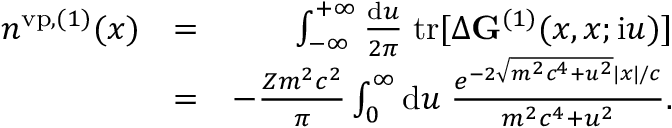
\begin{array} { r l r } { n ^ { \mathrm { v p } , ( 1 ) } ( x ) } & { = } & { \int _ { - \infty } ^ { + \infty } \frac { \ensuremath { \mathrm { d } } u } { 2 \pi } \; \mathrm { t r } [ \Delta \ensuremath { \mathbf { G } } ^ { ( 1 ) } ( x , x ; \ensuremath { \mathrm { i } } u ) ] } \\ & { = } & { - \frac { Z m ^ { 2 } c ^ { 2 } } { \pi } \int _ { 0 } ^ { \infty } \ensuremath { \mathrm { d } } u \; \frac { e ^ { - 2 \sqrt { m ^ { 2 } c ^ { 4 } + u ^ { 2 } } | x | / c } } { m ^ { 2 } c ^ { 4 } + u ^ { 2 } } . } \end{array}